Vaccine operations Central Provinces 1900-1911 - 1900-1911
Year: 1900
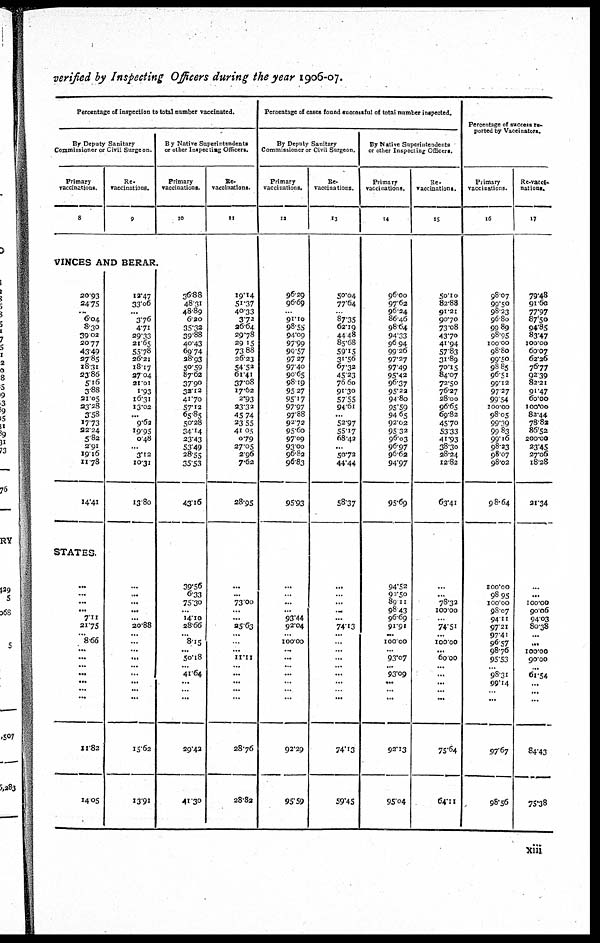
verified by Inspecting Officers during the year 1906-07.
Percentage of inspection to total number vaccinated.
By Deputy Sanitary
Commissioner or Civil Surgeon.
Primary
vaccinations.
8
Re¬
vaccinations.
9
VINCES AND BERAR
20.93
24.75
...
6.04
8.30
39.02
20.77
43.49
27.85
18.31
23.86
5.16
3.88
21.05
23.28
3.58
17.73
22.24
5.82
2.91
19.16
11.78
14.41
STATES.
...
...
...
...
7.11
21.75
... 8.66
...
...
...
...
...
...
...
11.82
14.05
12.47
33.06
...
3.76
4.71
29.33
21.65
55.78
26.21
18.17
27.04
21.01
1.93
16.31
13.02
...
9.62
19.95
0.48
...
3.12
10.31
13.80
...
...
...
...
...
20.88
...
...
...
...
...
...
...
...
...
15.62
13.91
By Native Superintendent¬
or other Inspecting Officers.
Primary
vaccinations.
10
36.88
48.31
48.89
6.20
35.32
39.88
40.43
69.74
28.93
50.59
87.62
37.90
32.12
41.70
57.12
65.85
50.28
34.14
23.43
53.49
28.55
35.53
43.16
39.56
6.33
75.30
...
14.10
28.66
...
8.15
...
50.18
... 41.64
...
...
...
29.42
41.30
Re¬
vaccinations.
11
19.14
51.37
40.33
3.72
26.64
29.78
29.15
73.88
26.23
54.52
61.41
37.08
17.62
2.93
23.32
45.74
23.55
41.05
0.79
27.05
2.96
7.62
28.95
...
...
73.00
...
...
25.63
...
...
...
11.11
...
...
...
...
...
28.76
28.82
Percentage of cases found successful of total number inspected.
By Deputy Sanitary
Commissioner or Civil Surgeon.
Primary
vaccinations.
12
96.29
96.69
...
91.10
98.55
94.09
97.99
99.57
97.27
97.40
90.65
98.19
95.27
95.17
97.97
97.88
92.72
95.60
97.09
93.00
96.82
90.83
95.93
...
...
...
...
93.44
92.04
...
100.00
...
...
...
...
...
...
...
92.29
95.59
Re¬
vaccinations.
13
50.04
77.64
...
87.35
62.19
44.48
85.68
59.15
31.56
67.32
45.23
76.60
91.30
57.55
94.61
...
52.97
55.17
68.42
...
50.72
44.44
58.37
...
...
...
...
...
74.13
...
...
...
...
...
...
...
...
...
74.13
59.45
By Native Superintendents
or other Inspecting Officers.
Primary
vaccinations.
14
96.00
97.62
96.24
86.46
98.64
94.33
96.94
99.26
97.27
97.49
95.42
96.37
95.22
94.80
95.59
94.65
92.02
95.32
96.03
96.97
96.62
94.97
95.69
94.52
92.50
89.11
98.43
96.69
91.91
...
100.00
...
93.07
... 93.09
...
...
...
92.13
95.04
Re¬
vaccinations.
15
50.10
82.88
91.21
90.70
73.08
43.70
41.94
57.83
31.89
70.15
84.07
72.50
76.27
28.00
96.65
69.82
45.70
53.33
41.93
38.30
28.24
12.82
63.41
...
...
78.32
100.00
...
74.51
...
100.00
...
60.00
...
...
...
...
...
75.64
64.11
Percentage of success re¬
ported by Vaccinators.
Primary
vaccinations.
16
98.07
99.50
98.23
96.80
99.89
98.95
100.00
98.80
99.50
98.85
96.51
99.12
97.27
99.54
100.00
98.05
99.39
99.83
99.16
98.33
98.07
98.02
98.64
100.00
98.95
100.00
98.07
94.11
97.21
97.41
96.57
98.76
95.53
...
98.31
99.14
...
...
97.67
98.56
Re-vacci¬
nations.
17
79.48
91.60
77.97
87.50
94.85
83.47
l00.00
60.07
62.26
76.77
92.39
82.21
91.47
60.00
100.00
82.44
78.82
86.52
200.00
23.45
27.00
18.28
21.34
...
...
100.00
90.06
94.03
80.38
...
...
100.00
90.00
...
61.54
...
...
...
84.43
75.38
xiii